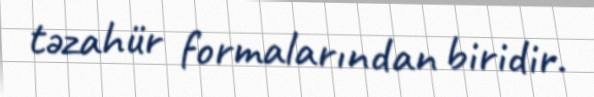
təzahür formalarından biridir.